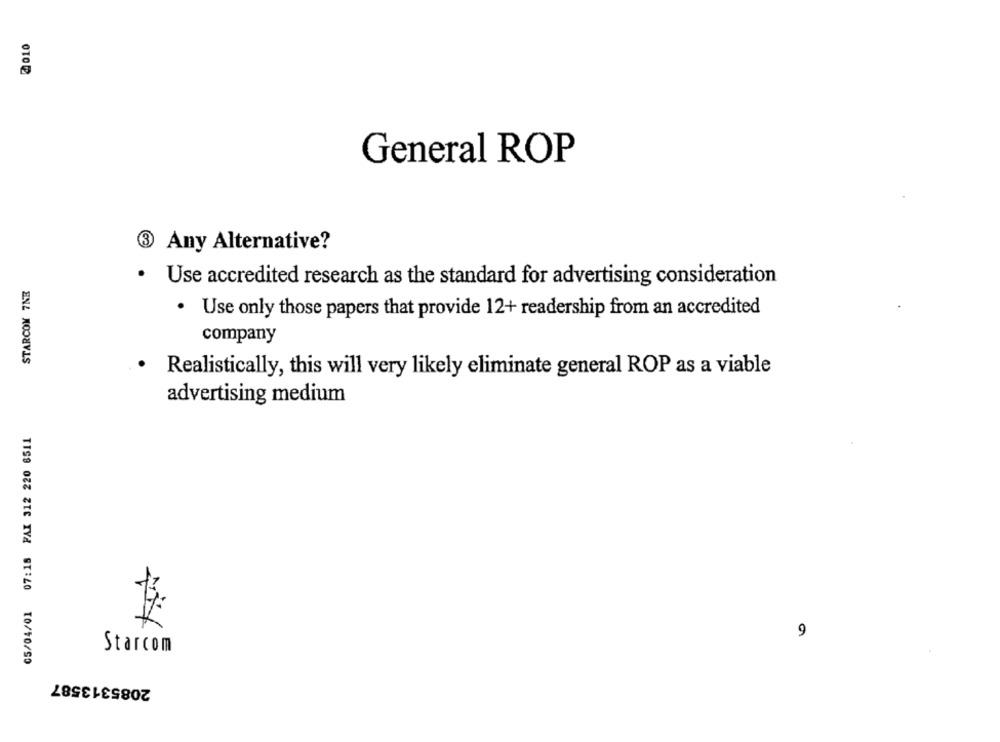
2010
General ROP
3 Any Alternative?
STARCOM 7NE
· Use accredited research as the standard for advertising consideration
· Use only those papers that provide 12+ readership from an accredited
company
Realistically, this will very likely eliminate general ROP as a viable
advertising medium
05/04/01 07:18 FAX 312 220 6511
9
Starcom
2085313587